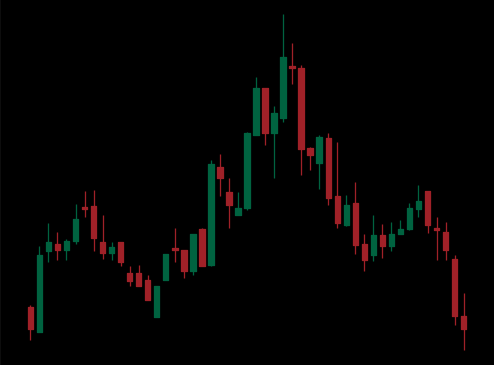
Pattern: head_shoulders